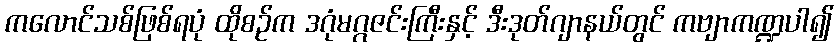
ကလောင်သစ်ဖြစ်ရပုံ ထိုစဉ်က ဒဂုံမဂ္ဂဇင်းကြီးနှင့် ဒီးဒုတ်ဂျာနယ်တွင် ကဗျာကဏ္ဍပါ၍